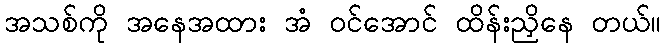
အသစ်ကို အနေအထား အံ ဝင်အောင် ထိန်းညှိနေ တယ်။